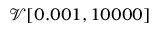
\mathcal { V } [ 0 . 0 0 1 , 1 0 0 0 0 ]